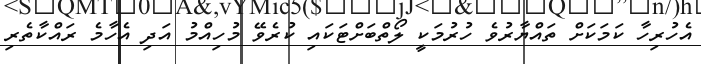
އެހުރިހާ ކަމަކަށް ތައްޔާރުވެ ހުރުމަކީ ލޯތްބަށްޓަކައި ކުރެވޭ މުހިއްމު އަދި އެހާމެ ރައްކާތެރި